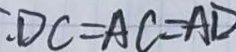
D C = A C = A D